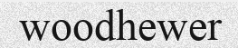
woodhewer